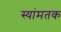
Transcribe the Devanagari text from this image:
स्यांमतक